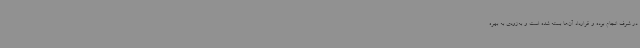
در شرف انجام بوده و قرارداد آن‌ها بسته شده است و به‌زودی به بهره‌